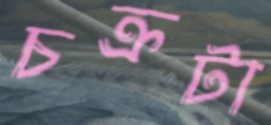
চক্রটা